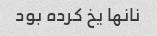
نانها یخ کرده بود